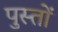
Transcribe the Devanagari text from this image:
पुस्तों